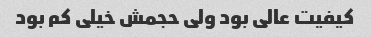
کیفیت عالی بود ولی حجمش خیلی کم بود